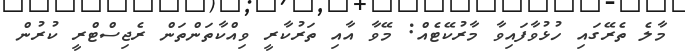
މާލެ ތެރޭގައި ހުޅުވާފައިވާ މާރުކޭޓެއް: މޭވާ އާއި ތަރުކާރީ ވިއްކާތަންތަން ރެޖިސްޓްރީ ކުރުން